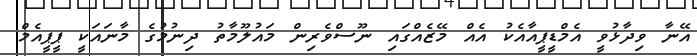
އޭނާ ވިދާޅުވީ އެމްޑީޕީއާއެކު އެއް މޭޒެއްގައި ނޫސްވެރިން މައުލޫމާތު ދިނުމުގެ މާނައަކީ ޕީޕީއެމް